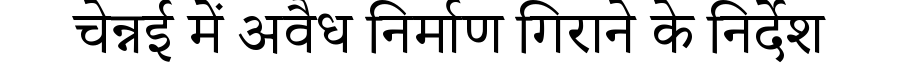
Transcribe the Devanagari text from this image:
चेन्नई में अवैध निर्माण गिराने के निर्देश